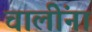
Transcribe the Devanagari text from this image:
चालींना